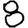
Digit: 8